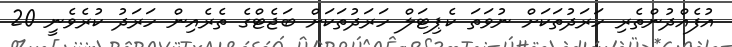
އުފެއްދުންތެރި ހަރަދުތަކަށް ނުވަތަ ކެޕިޓަލް ހަރަދުތަކަށް ބަޖެޓްގެ ތެރެއިން ހަރަދު ކުރެވެނީ 20